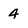
Character: 4